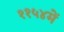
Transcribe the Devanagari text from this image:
११५४में